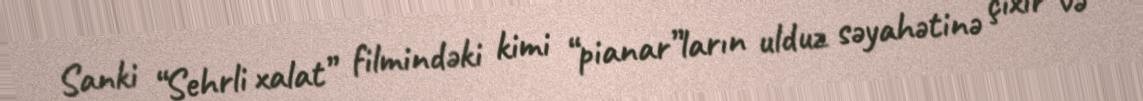
Sanki “Sehrli xalat” filmindəki kimi “pianar”ların ulduz səyahətinə çıxır və